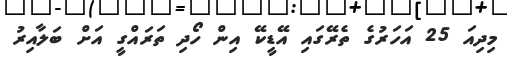
މިދިއަ 25 އަހަރުގެ ތެރޭގައި އޭޑީކޭ އިން ހޯދި ތަރައްގީ އަށް ބަލާއިރު